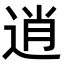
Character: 逍